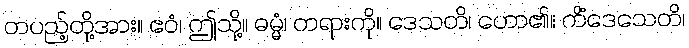
တပည့်တို့အား။ ဧဝံ၊ ဤသို့။ ဓမ္မံ၊ တရားကို။ ဒေသတိ၊ ဟော၏။ ကိံဒေသေတိ၊